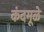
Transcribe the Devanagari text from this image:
कंदमूळे